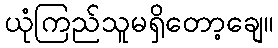
ယုံကြည်သူမရှိတော့ချေ။